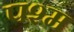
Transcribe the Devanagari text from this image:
पश्म